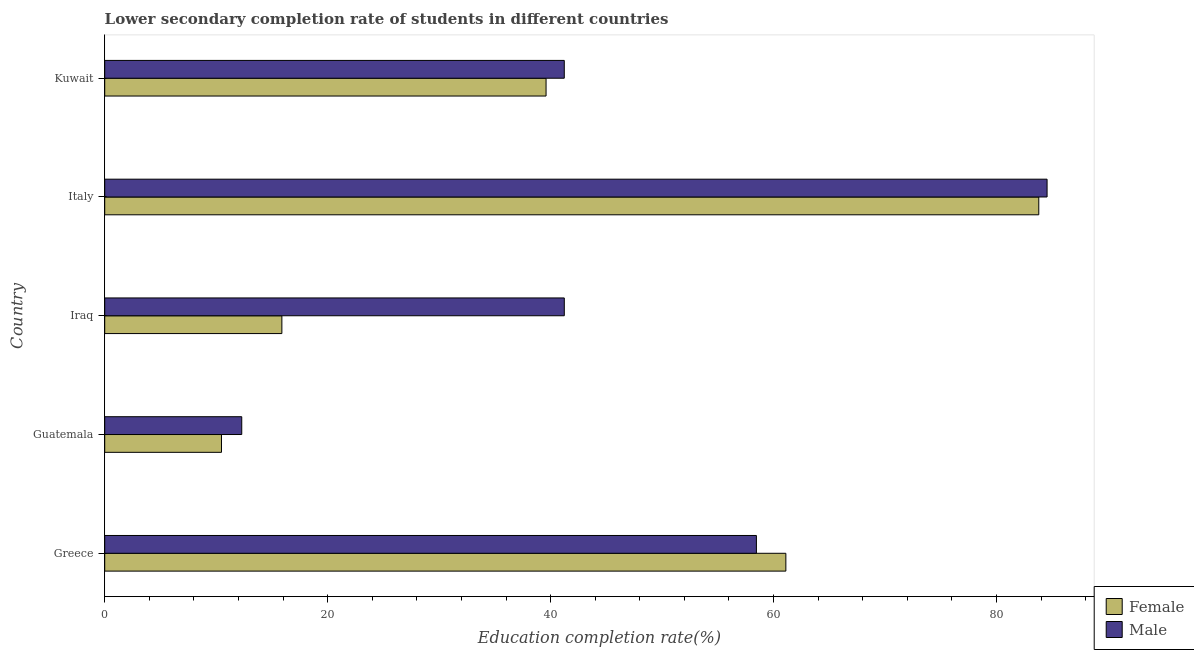
| Country | Female | Male |
 | --- | --- | --- |
 | Greece | 61.1 | 58.5 |
 | Guatemala | 10.5 | 12.3 |
 | Iraq | 15.9 | 41.2 |
 | Italy | 83.8 | 84.5 |
 | Kuwait | 39.6 | 41.2 |